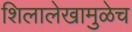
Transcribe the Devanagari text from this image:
शिलालेखामुळेच